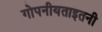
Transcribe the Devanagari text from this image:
गोपनीयताइतनी